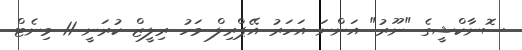
ސޮނާކްޝީގެ "ނޫރު" އަންނަ އަހަރު އޭޕްރިލް މަހު ރިލީޒް ކުރަނީ 11 މިނެޓް